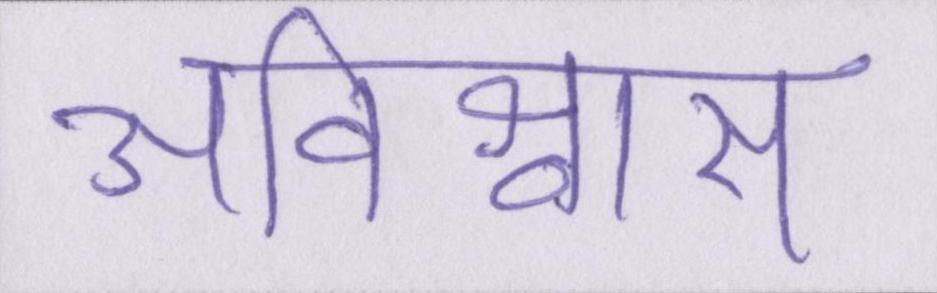
अविश्वास